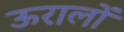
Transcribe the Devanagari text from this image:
ऊरालों